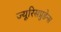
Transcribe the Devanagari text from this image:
ज्यूरिसप्रुडेन्स